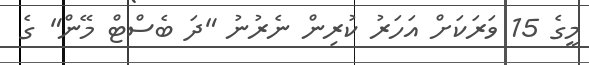
މީގެ 15 ވަރަކަށް އަހަރު ކުރިން ނެރުނު "ދަ ބެސްޓް މޭން" ގެ